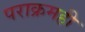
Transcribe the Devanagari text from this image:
पराक्रमही